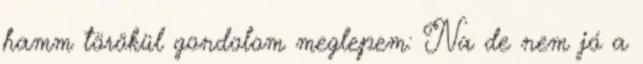
hamm törökül gondolom meglepem: Na de nem jó a